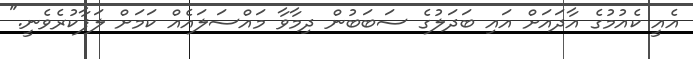
އެއީ ކެއުމުގެ އާދައަށް އައި ބަދަލުގެ ސަބަބުން ދިމާވާ މައްސަލައެއް ކަމަށް ލަފާކުރެވެނީ."